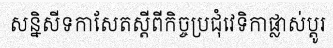
សន្និសីទកាសែតស្តីពីកិច្ចប្រជុំវេទិកាផ្លាស់ប្តូរ